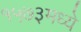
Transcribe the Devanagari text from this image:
१५७३मध्ये